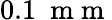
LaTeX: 0.1~\mathrm{~m~m~}